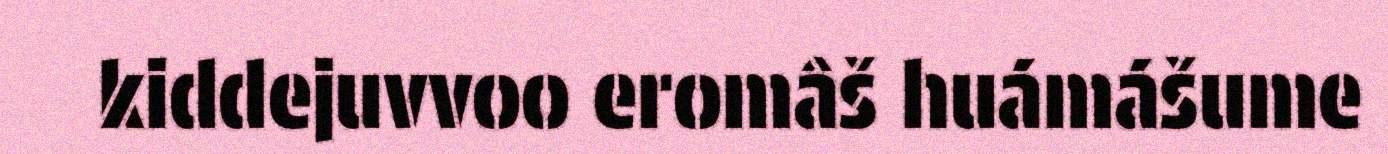
kiddejuvvoo eromâš huámášume